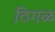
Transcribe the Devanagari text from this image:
ठिगळ